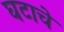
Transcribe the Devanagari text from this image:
घटाचे